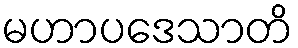
မဟာပဒေသာတိ